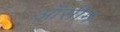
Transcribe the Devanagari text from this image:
ऑसीम